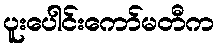
ပူးပေါင်းကော်မတီက